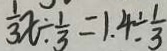
\frac { 1 } { 3 } x \div \frac { 1 } { 3 } = 1 . 4 \div \frac { 1 } { 3 }